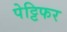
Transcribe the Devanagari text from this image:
पेट्टिफर